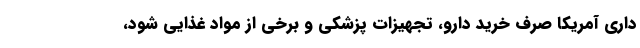
داری آمریکا صرف خرید دارو، تجهیزات پزشکی و برخی از مواد غذایی شود،